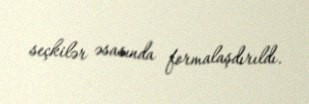
seçkilər əsasında formalaşdırıldı.